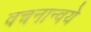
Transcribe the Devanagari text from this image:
वचनान्वये